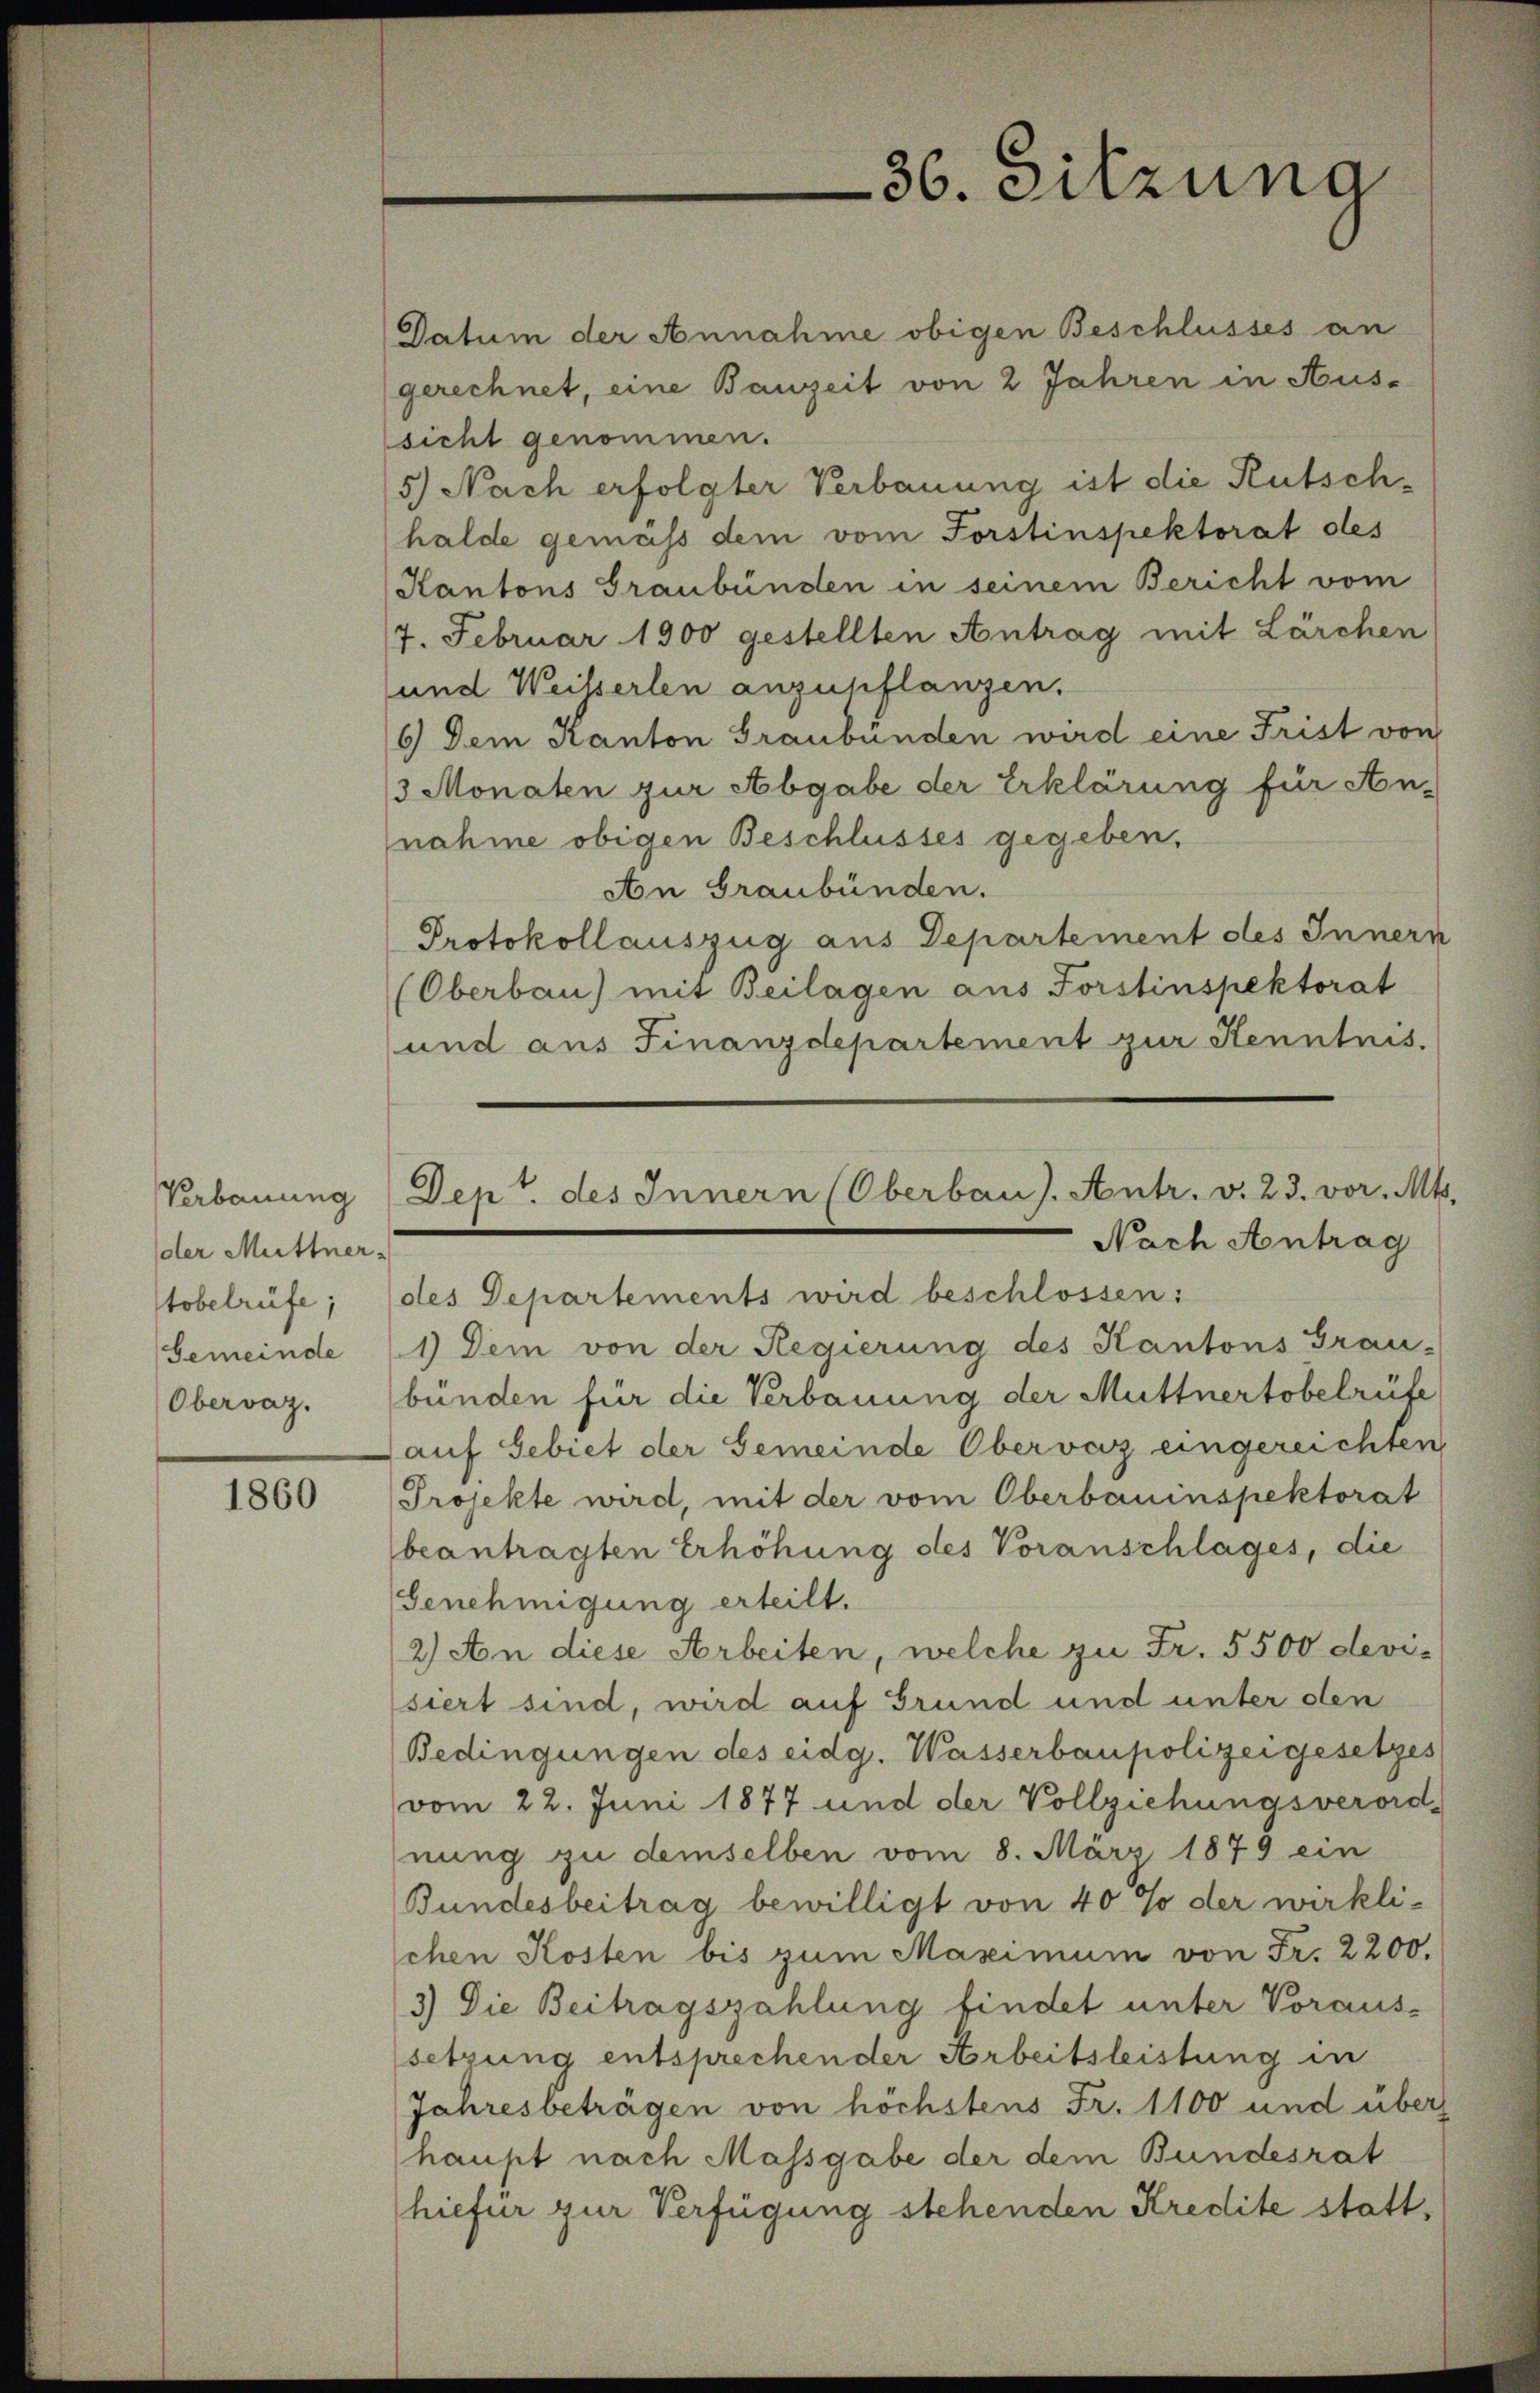
36. Sitzung

Datum der Annahme obigen Beschlusses an
gerechnet, eine Bauzeit von 2 Jahren in Aus-
sicht genommen.
5) Nach erfolgter Verbauung ist die Rutschhalde gemäss dem vom Forstinspektorat des
Kantons Graubünden in seinem Bericht vom
7. Februar 1900 gestellten Antrag mit Lärchen
und Weisserlen anzupflanzen.
6) Dem Kanton Graubünden wird eine Frist von
3 Monaten zur Abgabe der Erklärung für An-
nahme obigen Beschlusses gegeben,
An Graubünden.
Protokollauszug aus Departement des Inners
(Oberbau) mit Beilagen aus Forstinspektorat
und aus Finanzdepartement zur Kenntnis.
Nach Antrag
des Departements wird beschlossen:
1) Dem von der Regierung des Kantons Grau-
bünden für die Verbauung der Muttnertobelrüfe
auf Gebiet der Gemeinde Obervaz eingereichten
Projekte wird, mit der vom Oberbauinspektorat
beantragten Erhöhung des Voranschlages, die
Genehmigung erteilt.
2) An diese Arbeiten, welche zu Fr. 5500 devi-
siert sind, wird auf Grund und unter den
Bedingungen des eidg. Wasserbaupolizeigesetzes
vom 22. Juni 1877 und der Vollziehungsverord-
nung zu demselben vom 8. März 1879 ein
Bundesbeitrag bewilligt von 40 % der wirkli-
schen Kosten bis zum Maximum von Fr. 2200.
3) Die Beitragszahlung findet unter Voraus-
setzung entsprechen der Arbeitsleistung in
Jahresbeträgen von höchstens Fr. 1100 und über
haupt nach Massgabe der dem Bundesrat
hiefür zur Verfügung stehenden Kredite statt,

Dep. des Innern (Oberbau). Antr. v. 23. vor. Mt

Verbauung
der Müttner-
tobelrüfe;
Gemeinde
Obervaz.

1860